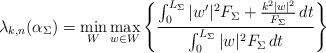
\begin{align*}\lambda_{k,n}(\alpha_\Sigma) = \min_W \max_{w \in W} \left\{ \frac{ \int_0^{L_\Sigma} |w'|^2 F_\Sigma + \frac{k^2 |w|^2}{F_\Sigma} \,dt}{ \int_0^{L_\Sigma} |w|^2 F_\Sigma \,dt} \right\}\end{align*}